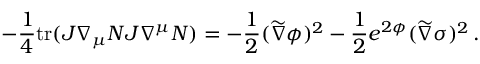
- { \frac { 1 } { 4 } } \mathrm { t r } ( J \nabla _ { \mu } N J \nabla ^ { \mu } N ) = - { \frac { 1 } { 2 } } ( \widetilde \nabla \phi ) ^ { 2 } - { \frac { 1 } { 2 } } e ^ { 2 \phi } ( \widetilde \nabla \sigma ) ^ { 2 } \, .